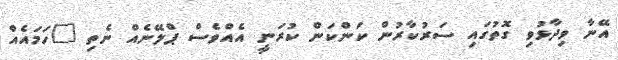
އޭނާ ވިދާޅުވި ގޮތުގައި ސަރުކާރުން ކަންކަން ކުރަނީ އެއްވެސް ޕްލޭނެއް ނެތި "ހަމައެއް